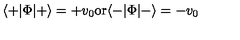
\langle + | \Phi | + \rangle = + v _ { 0 } \mathrm { o r } \langle - | \Phi | - \rangle = - v _ { 0 }